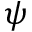
\psi